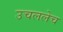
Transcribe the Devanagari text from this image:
उचललेच